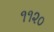
૧૧૨૦